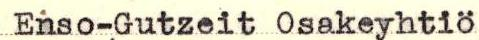
Enso-Gutzeit Osakeyhtiö